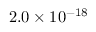
2 . 0 \times 1 0 ^ { - 1 8 }